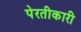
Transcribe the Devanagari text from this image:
पेरतीकारी